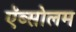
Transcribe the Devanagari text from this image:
ऍब्सोलम